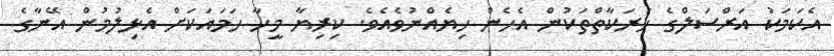
އެކަމަކު އަރްސަލްގެ ހަރަކާތްތަކުން އެހެން ހިޔެއްނުވެއެވެ. ކިރިޔާ މީހާ ހަމައަކަށް އެޅިލުމުން އޭނާގެ